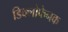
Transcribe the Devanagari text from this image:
डिक्लोफेनक